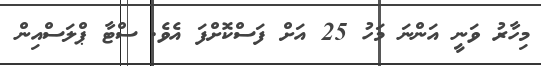
މިހާރު ވަނީ އަންނަ މަހު 25 އަށް ފަސްކޮށްފަ އެވެ. ސްޓާ ޕްލަސްއިން